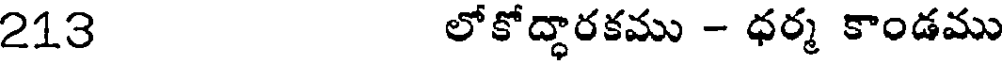
213 లోకోద్ధారకము - ధర్మ కాండము